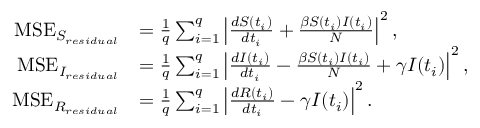
\begin{array} { r l } { \mathrm { M S E } _ { S _ { r e s i d u a l } } } & { = \frac { 1 } { q } \sum _ { i = 1 } ^ { q } \left| \frac { d { S } ( t _ { i } ) } { d t _ { i } } + \frac { \beta { S } ( t _ { i } ) { I } ( t _ { i } ) } { N } \right| ^ { 2 } , } \\ { \mathrm { M S E } _ { I _ { r e s i d u a l } } } & { = \frac { 1 } { q } \sum _ { i = 1 } ^ { q } \left| \frac { d { I } ( t _ { i } ) } { d t _ { i } } - \frac { \beta { S } ( t _ { i } ) { I } ( t _ { i } ) } { N } + \gamma I ( t _ { i } ) \right| ^ { 2 } , } \\ { \mathrm { M S E } _ { R _ { r e s i d u a l } } } & { = \frac { 1 } { q } \sum _ { i = 1 } ^ { q } \left| \frac { d { R } ( t _ { i } ) } { d t _ { i } } - \gamma I ( t _ { i } ) \right| ^ { 2 } . } \end{array}